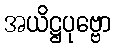
အယိဋ္ဌပုဗ္ဗော